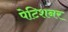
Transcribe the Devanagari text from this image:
पेटिशनर